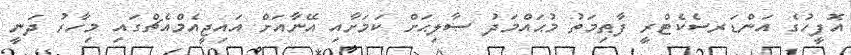
އޮފީހުގެ އަންޑަރސެކެޓްރީ ފާޠިމަތު މުޙައްމަދު ޞާލިޙަށް ކަމަށާއި އޭނާއަށް އައިޖީއެމްއެޗްގައި މިހާރު ދަނީ